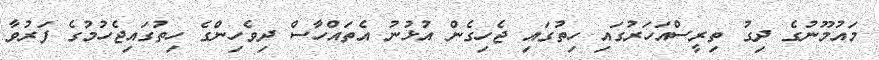
މައުމޫނުގެ ދިގު ތިރީސްއަހަރުގައި ހިތުގައި ޖެހިގެން އުޅުނު އެތައްހާސް ދިވެހިންގެ ހިތުގައިޖެހުމުގެ ފަރުވާ